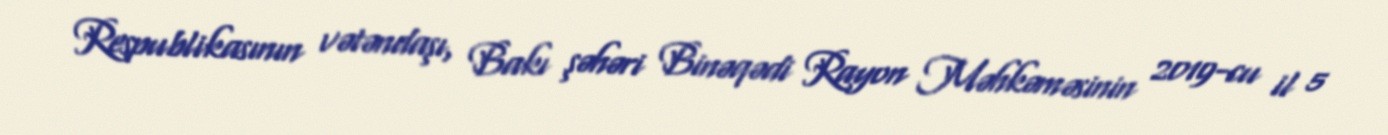
Respublikasının vətəndaşı, Bakı şəhəri Binəqədi Rayon Məhkəməsinin 2019-cu il 5